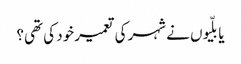
یا بلّیوں نے شہر کی تعمیر خود کی تھی؟